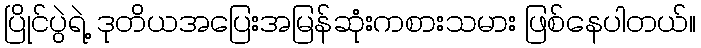
ပြိုင်ပွဲရဲ့ ဒုတိယအပြေးအမြန်ဆုံးကစားသမား ဖြစ်နေပါတယ်။